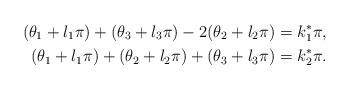
LaTeX: \begin{align*}(\theta_1+l_1\pi)+(\theta_3+l_3\pi)-2(\theta_2+l_2\pi)=k_1^*\pi,\\(\theta_1+l_1\pi)+(\theta_2+l_2\pi)+(\theta_3+l_3\pi)=k_2^*\pi.\end{align*}